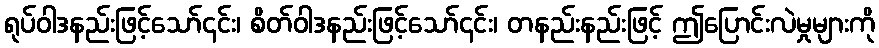
ရုပ်ဝါဒနည်းဖြင့်သော်၎င်း၊ စိတ်ဝါဒနည်းဖြင့်သော်၎င်း၊ တနည်းနည်းဖြင့် ဤပြောင်းလဲမှုများကို